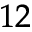
_ { 1 2 }